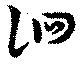
徊